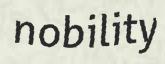
nobility